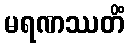
မရဏဿတိံ